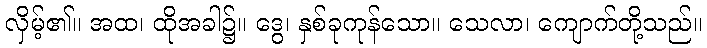
လှိမ့်၏။ အထ၊ ထိုအခါ၌။ ဒွေ၊ နှစ်ခုကုန်သော။ သေလာ၊ ကျောက်တို့သည်။